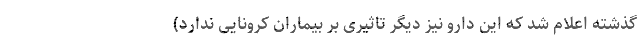
گذشته اعلام شد که این دارو نیز دیگر تاثیری بر بیماران کرونایی ندارد)